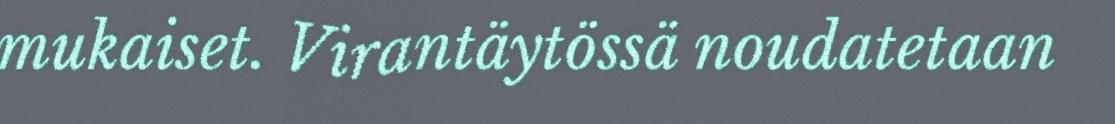
mukaiset. Virantäytössä noudatetaan